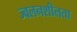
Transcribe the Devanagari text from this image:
ज्‍वलनशीलता